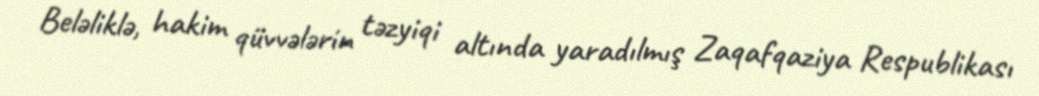
Beləliklə, hakim qüvvələrin təzyiqi altında yaradılmış Zaqafqaziya Respublikası